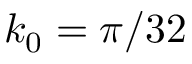
k _ { 0 } = \pi / 3 2